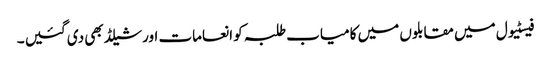
فیسٹیول میں مقابلوں میں کامیاب طلبہ کو انعامات اور شیلڈ بھی دی گئیں ۔